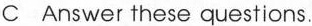
C Answer these questions.